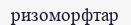
ризоморфтар